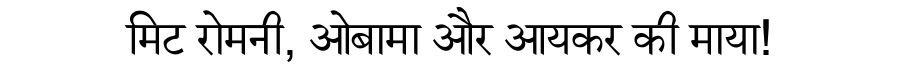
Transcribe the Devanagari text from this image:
मिट रोमनी, ओबामा और आयकर की माया!